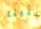
علينا